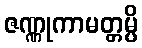
ဇဏ္ဏုကာမတ္တမ္ပိ